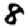
Digit: 8